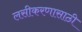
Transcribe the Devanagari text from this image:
लसीकरणासाठी